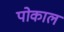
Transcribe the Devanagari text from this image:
पोकाल